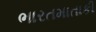
ભારતમાતાકી